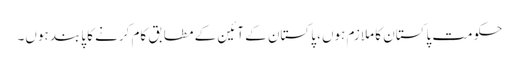
حکومت پاکستان کا ملازم ہوں، پاکستان کے آئین کے مطابق کام کرنے کا پابند ہوں۔